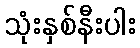
သုံးနှစ်နီးပါး